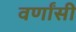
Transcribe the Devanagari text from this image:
वर्णांसी